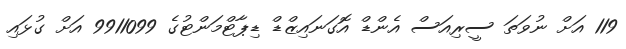
119 އަށް ނުވަތަ ސީރިއަސް އެންޑް އޮގަނައިޒްޑް ޑިޕާޓްމަންޓުގެ 9911099 އަށް ގުޅައި